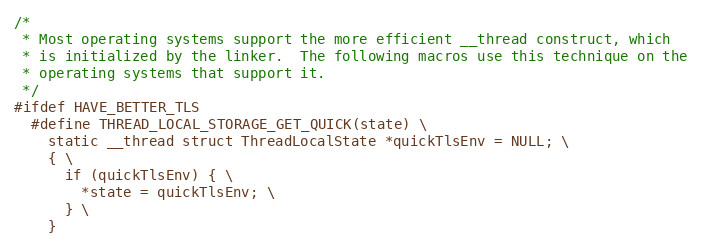
Language: C
/*
 * Most operating systems support the more efficient __thread construct, which
 * is initialized by the linker.  The following macros use this technique on the
 * operating systems that support it.
 */
#ifdef HAVE_BETTER_TLS
  #define THREAD_LOCAL_STORAGE_GET_QUICK(state) \
    static __thread struct ThreadLocalState *quickTlsEnv = NULL; \
    { \
      if (quickTlsEnv) { \
        *state = quickTlsEnv; \
      } \
    }